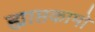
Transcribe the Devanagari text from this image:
ह्याप्तकामो